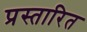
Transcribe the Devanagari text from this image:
प्रस्तारित